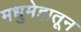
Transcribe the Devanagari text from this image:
मधुमेहातून